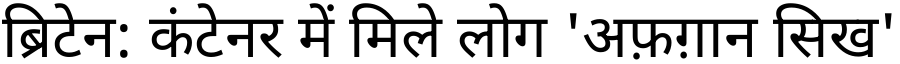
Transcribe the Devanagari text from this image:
ब्रिटेन: कंटेनर में मिले लोग 'अफ़ग़ान सिख'